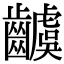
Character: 𮯗